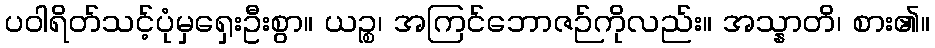
ပဝါရိတ်သင့်ပုံမှရှေးဦးစွာ။ ယဉ္စ၊ အကြင်ဘောဇဉ်ကိုလည်း။ အသ္နာတိ၊ စား၏။